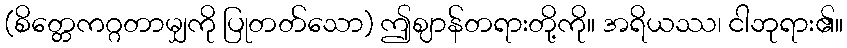
(စိတ္တေကဂ္ဂတာမျှကို ပြုတတ်သော) ဤဈာန်တရားတို့ကို။ အရိယဿ၊ ငါဘုရား၏။